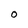
Character: 0